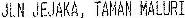
JLN JEJAKA, TAMAN MALURI